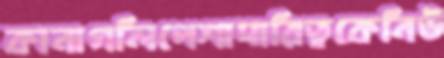
কানাগলিপেশাদারিত্বকেনিউ